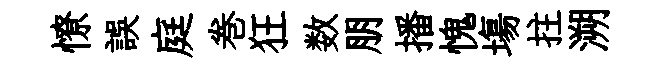
憭誤庭巻狂数朋播愧塲拄溯